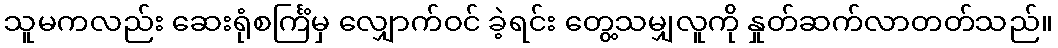
သူမကလည်း ဆေးရုံစင်္ကြံမှ လျှောက်ဝင် ခဲ့ရင်း တွေ့သမျှလူကို နှုတ်ဆက်လာတတ်သည်။